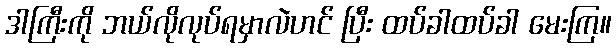
ဒါကြီးကို ဘယ်လိုလုပ်ရမှာလဲဟင် ပြီး ထပ်ခါထပ်ခါ မေးကြ။